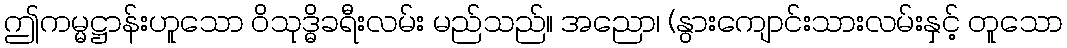
ဤကမ္မဋ္ဌာန်းဟူသော ဝိသုဒ္ဓိခရီးလမ်း မည်သည်။ အညော၊ (နွားကျောင်းသားလမ်းနှင့် တူသော